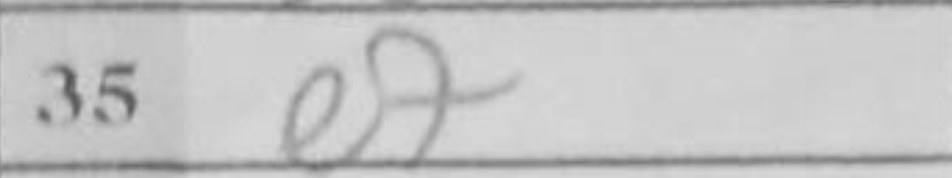
Transcription: e7